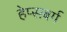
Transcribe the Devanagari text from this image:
हेप्सबर्ग